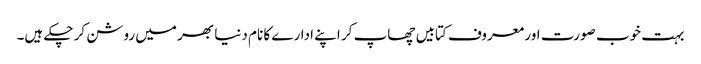
بہت خوب صورت اور معروف کتابیں چھاپ کر اپنے ادارے کا نام دنیا بھر میں روشن کر چکے ہیں۔